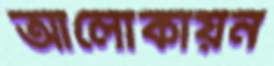
আলোকায়ন